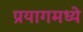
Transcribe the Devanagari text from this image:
प्रयागमध्ये